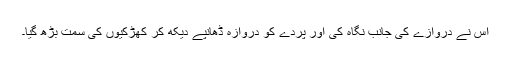
اس نے دروازے کی جانب نگاہ کی اور پردے کو دروازہ ڈھانپے دیکھ کر کھڑکیوں کی سمت بڑھ گیا۔